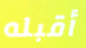
أقبله